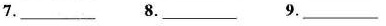
7.___ 8.___ 9.___